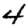
Digit: 4